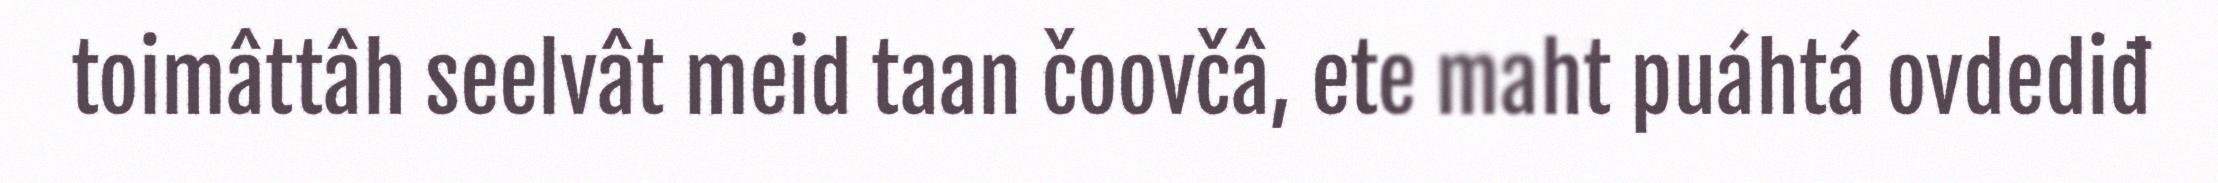
toimâttâh seelvât meid taan čoovčâ, ete maht puáhtá ovdediđ